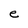
Character: e